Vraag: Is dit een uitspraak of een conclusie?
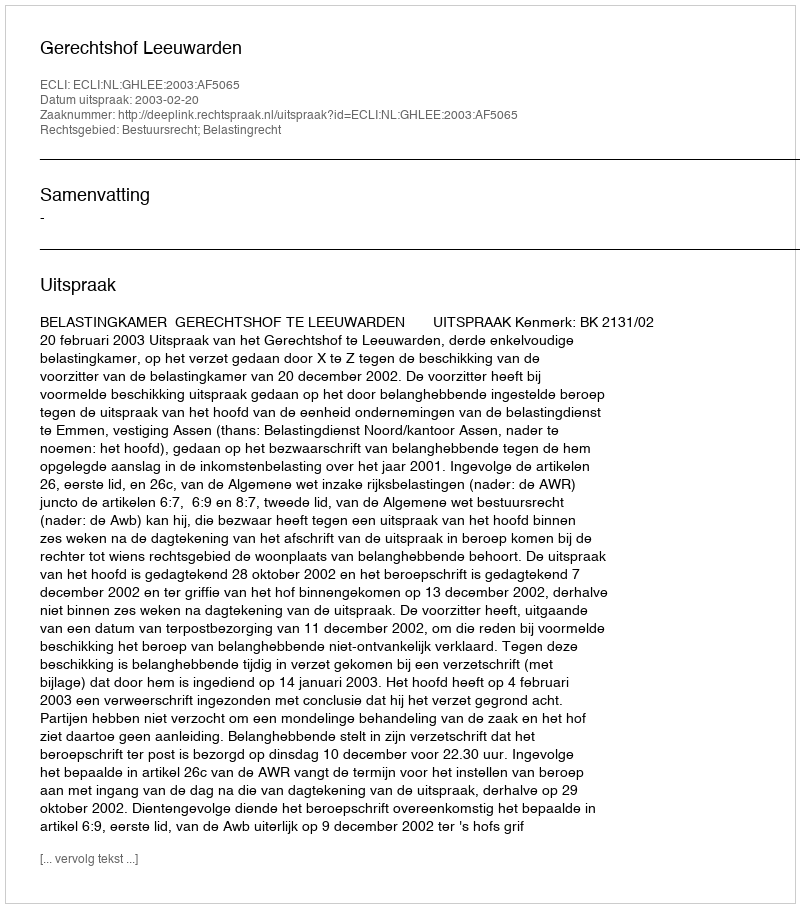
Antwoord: Uitspraak